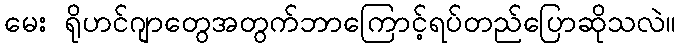
မေး ရိုဟင်ဂျာတွေအတွက်ဘာကြောင့်ရပ်တည်ပြောဆိုသလဲ။